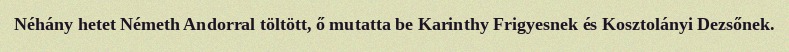
Néhány hetet Németh Andorral töltött, ő mutatta be Karinthy Frigyesnek és Kosztolányi Dezsőnek.